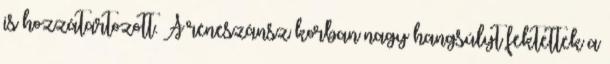
is hozzátartozott. A reneszánsz korban nagy hangsúlyt fektettek a